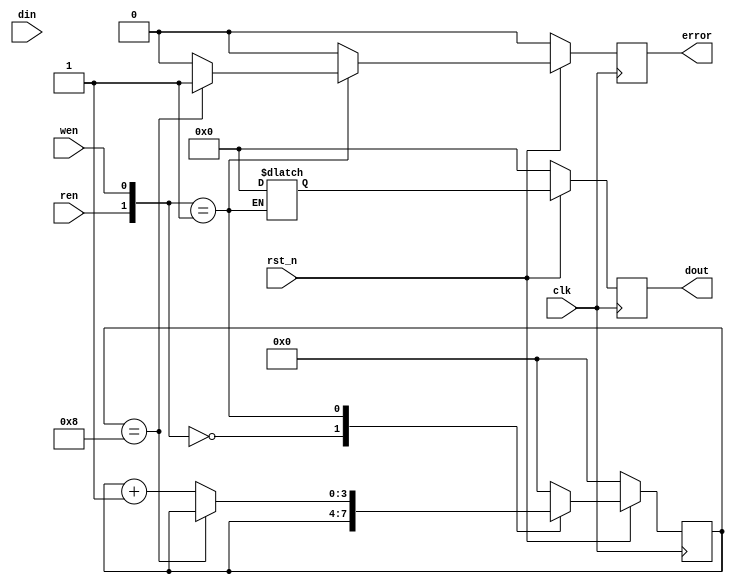
`timescale 1ns/1ps

module FIFO_8(clk, rst_n, wen, ren, din, dout, error);
input clk;
input rst_n;
input wen, ren;
input [7:0] din;
output [7:0] dout;
output error;

reg [7:0] dout, next_dout;
reg error, next_error;
reg [7:0] queue[7:0];
reg [2:0] wptr, next_wptr, rptr, next_rptr; // write pointer and read pointer
reg [3:0] count, next_count;

always@ (posedge clk)
begin
    if(rst_n == 1'b0) begin
        dout <= 8'b00000000;
        error <= 1'b0;
        wptr <= 3'b000;
        rptr <= 3'b111;
        count <= 4'b0000;
    end
    else begin
        dout <= next_dout;
        error <= next_error;
        count <= next_count;
        wptr <= next_wptr;
        rptr <= next_rptr;
    end
end        

always@(*)begin
    case({ren, wen})
        2'b00:begin
            next_dout = 8'd0;
            next_error = 1'b0;
            next_count = count;
            next_wptr = wptr;
            next_rptr = rptr;
        end
        2'b01:begin
            if(count == 4'b1000)begin
                next_error = 1'b1;
                next_count = count;
                next_wptr = wptr;
                next_rptr = rptr;
            end
            else begin
                next_error = 1'b0;
                next_count = count + 4'b0001;
                next_wptr = wptr + 3'b001;
                next_rptr = rptr;
                queue[wptr] = din;
            end
        end
        2'b10 || 2'b11:begin
            if(count == 4'b0000)begin
                next_error = 1'b1;
                next_count = count;
                next_wptr = wptr;
                next_rptr = rptr;
            end
            else begin
                next_dout = queue[rptr+3'b001];
                next_error = 1'b0;
                next_count = count + 4'b0001;
                next_wptr = wptr;
                next_rptr = rptr + 3'b001;
            end
        end
        default:begin
            next_dout = 8'd0;
            next_error = 1'b0;
            next_count = 4'b0;
            next_wptr = 3'b000;
            next_rptr = 3'b111;
        end
    endcase
end
endmodule